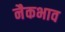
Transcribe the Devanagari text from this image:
नैकभाव